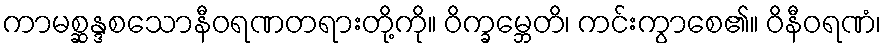
ကာမစ္ဆန္ဒစသောနီဝရဏတရားတို့ကို။ ဝိက္ခမ္ဘေတိ၊ ကင်းကွာစေ၏။ ဝိနီဝရဏံ၊